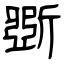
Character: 斲